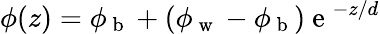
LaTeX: \phi(z)=\phi_{\mathrm{~b~}}+(\phi_{\mathrm{~w~}}-\phi_{\mathrm{~b~}})\mathrm{~e~}^{-z/d}